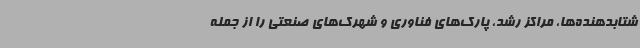
شتابدهنده‌ها، مراکز رشد، پارک‌های فناوری و شهرک‌های صنعتی را از جمله